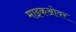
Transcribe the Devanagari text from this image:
माइकओवर